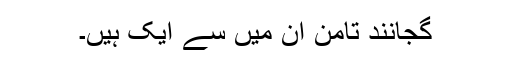
گجانند تامن اُن میں سے ایک ہیں۔